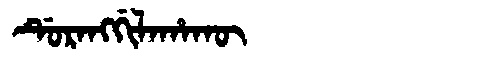
Manchu: ᡩᡠᡵᠠᠩᡤᡳᠯᠠᡥᠠᡴᡡ
Romanization: DURANGGILAHAKŪ